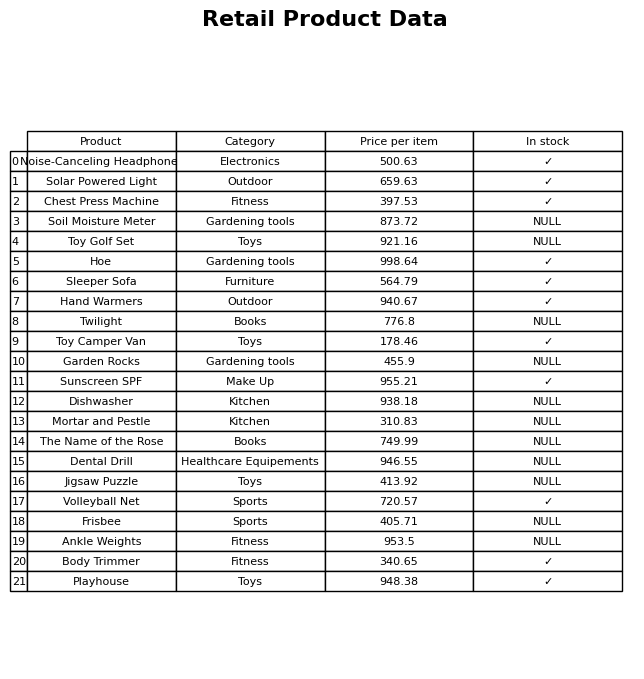
question: What is the stock status of the Body Trimmer?
answer: ✓